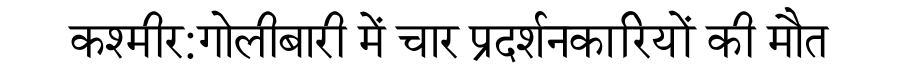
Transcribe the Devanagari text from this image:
कश्मीर:गोलीबारी में चार प्रदर्शनकारियों की मौत